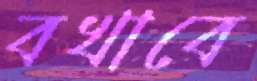
বখাবে